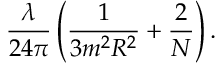
\frac { \lambda } { 2 4 \pi } \left( \frac 1 { 3 m ^ { 2 } R ^ { 2 } } + \frac 2 N \right) \mathrm { . }